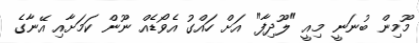
މޫމިން ބުނަނީ މިއީ "ލޫދިފާ" އަށް ހައްގު އެވޯޑެއް ނޫން ކަމަށާއި އޭނާގެ